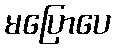
မပြောပေ